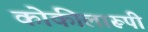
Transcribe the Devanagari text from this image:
कोकीलारूपी